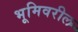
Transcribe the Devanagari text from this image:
भूमिवरील